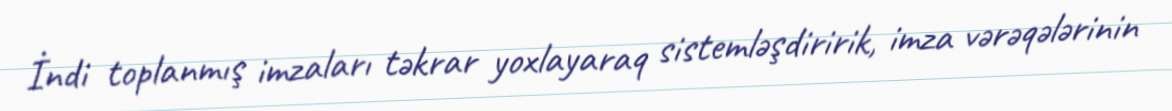
İndi toplanmış imzaları təkrar yoxlayaraq sistemləşdiririk, imza vərəqələrinin